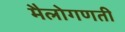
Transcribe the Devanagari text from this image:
मैलोगणती